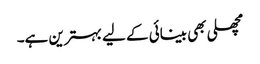
مچھلی بھی بینائی کے لیے بہترین ہے۔